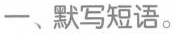
一、默写短语。